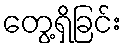
တွေ့ရှိခြင်း